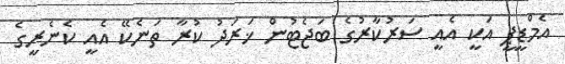
އެމްޑީޕީ އަކީ އެއީ ސަރުކާރުގެ ބަޖެޓުން ޚަރަދު ކުރާ ތަނެކޭ އެއީ ކެނެރީގެ